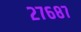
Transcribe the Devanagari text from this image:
२७६८७